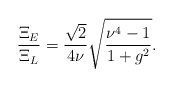
\begin{align*}\frac{\Xi_E}{\Xi_L} = \frac{\sqrt{2}}{4 \nu}\sqrt{\frac{\nu^4 - 1}{1 + g^2}}.\end{align*}